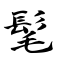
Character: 髦